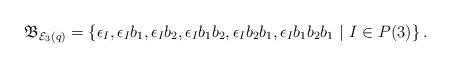
LaTeX: \begin{align*}\mathfrak{B}_{\mathcal{E}_3(q)} =\left \{ \epsilon_I, \epsilon_I b_1, \epsilon_I b_2, \epsilon_I b_1 b_2 ,\epsilon_I b_2 b_1 , \epsilon_I b_1 b_2 b_1 \ \vert \ I \in P(3) \right \}.\end{align*}